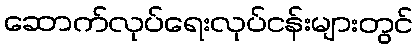
ဆောက်လုပ်ရေးလုပ်ငန်းများတွင်